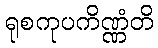
ရုစကုပကိဏ္ဏံတိ